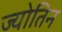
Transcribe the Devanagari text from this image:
ज्योतिन